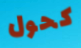
كحول